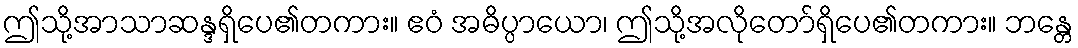
ဤသို့အာသာဆန္ဒရှိပေ၏တကား။ ဧဝံ အဓိပ္ပာယော၊ ဤသို့အလိုတော်ရှိပေ၏တကား။ ဘန္တေ